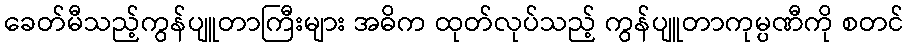
ခေတ်မီသည့်ကွန်ပျူတာကြီးများ အဓိက ထုတ်လုပ်သည့် ကွန်ပျူတာကုမ္ပဏီကို စတင်